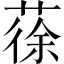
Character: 蒣